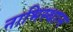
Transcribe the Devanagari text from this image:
नाभिस्थान